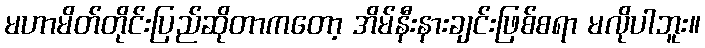
မဟာမိတ်တိုင်းပြည်ဆိုတာကတော့ အိမ်နီးနားချင်းဖြစ်စရာ မလိုပါဘူး။